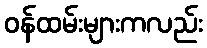
ဝန်ထမ်းများကလည်း